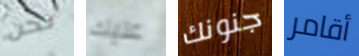
نحن عليك جنونك أقامر